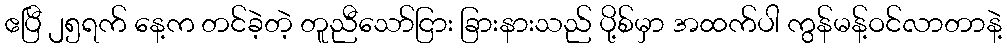
ဧပြီ ၂၅ရက် နေ့က တင်ခဲ့တဲ့ တူညီသော်ငြား ခြားနားသည် ပို့စ်မှာ အထက်ပါ ကွန်မန့်ဝင်လာတာနဲ့